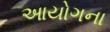
આયોગના